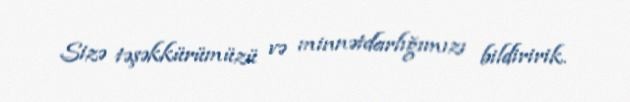
Sizə təşəkkürümüzü və minnətdarlığımızı bildiririk.